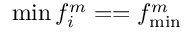
\operatorname* { m i n } { f _ { i } ^ { m } } = = f _ { \operatorname* { m i n } } ^ { m }